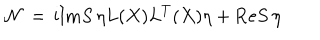
{ \cal N } \, = \, \mathrm { i } \mathrm { I m } S \, \eta L ( X ) L ^ { T } ( X ) \eta + \mathrm { R e } S \, \eta